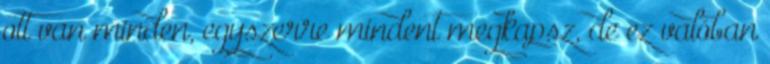
ott van minden, egyszerre mindent megkapsz, de ez valóban